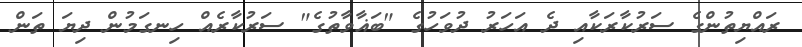
ރައްޔިތުންގެ ސަރުކާރަކާއި ދެ އަހަރު ދުވަހުގެ "ބަޣާވާތުގެ" ސަރުކާރެއް ހިނގަމުން ދިޔަ ތަން